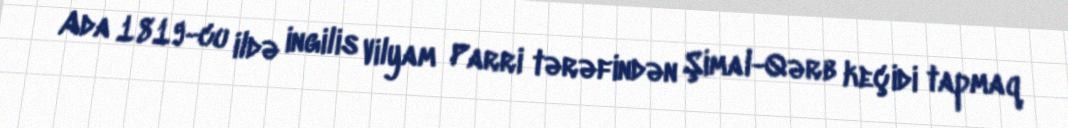
Ada 1819-cu ildə ingilis Vilyam Parri tərəfindən Şimal-Qərb keçidi tapmaq